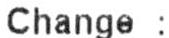
CHANGE :